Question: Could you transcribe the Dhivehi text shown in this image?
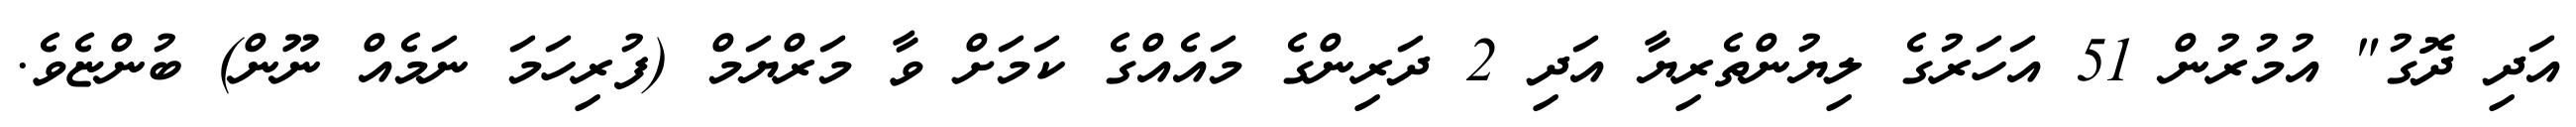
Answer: އަދި ދޮގު" އުމުރުން 51 އަހަރުގެ ލިޔުންތެރިޔާ އަދި 2 ދަރިންގެ މައެއްގެ ކަމަށް ވާ މަރްޔަމް (ފުރިހަމަ ނަމެއް ނޫން) ބުންޏެވެ.